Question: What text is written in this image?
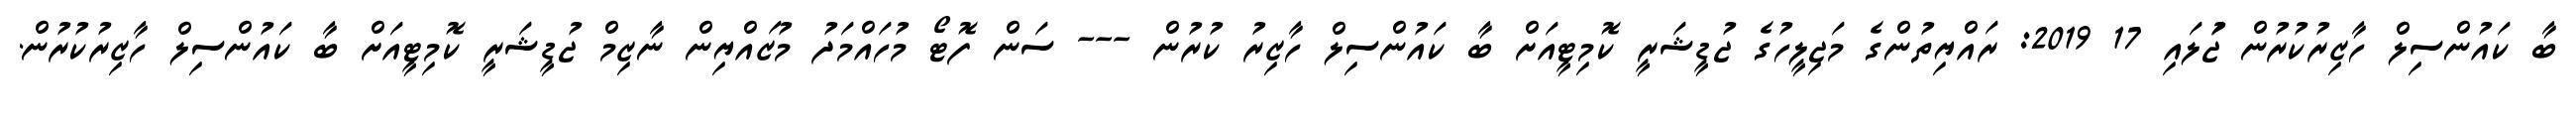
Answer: ބާ ކައުންސިލް ހާޒިރުކުރުން ޖުަލައި 17 2019: ރައްޔިތުންގެ މަޖިލީހުގެ ޖުޑީޝަރީ ކޮމިޓީއަށް ބާ ކައުންސިލް ހާޒިރު ކުރުން --- ސަން ފޮޓޯ މުހައްމަދު މުޒައްޔިން ނާޒިމް ޖުޑީޝަރީ ކޮމިޓީއަށް ބާ ކައުންސިލް ހާޒިރުކުރުން.